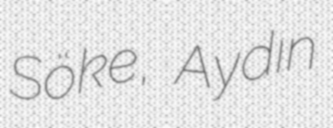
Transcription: Söke, Aydın